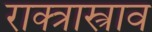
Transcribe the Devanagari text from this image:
राक्त्रास्त्राव